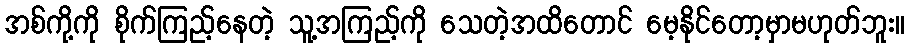
အစ်ကို့ကို စိုက်ကြည့်နေတဲ့ သူ့အကြည့်ကို သေတဲ့အထိတောင် မေ့နိုင်တော့မှာမဟုတ်ဘူး။